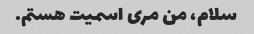
سلام، من مری اسمیت هستم.